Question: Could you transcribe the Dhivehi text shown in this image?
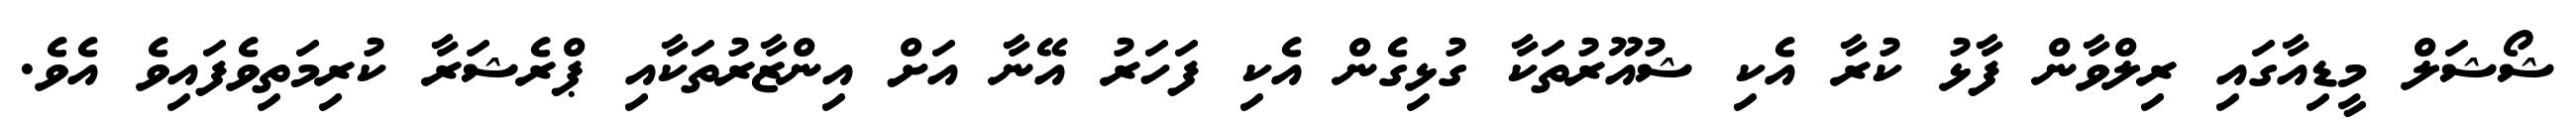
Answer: ޝޯޝަލް މީޑިއާގައި ރިލްވާން ފާޅު ކުރާ އެކި ޝުއޫރުތަކާ ގުޅިގެން އެކި ފަހަރު އޭނާ އަށް އިންޒާރުތަކާއި ޕްރެޝަރާ ކުރިމަތިވެފައިވެ އެވެ.